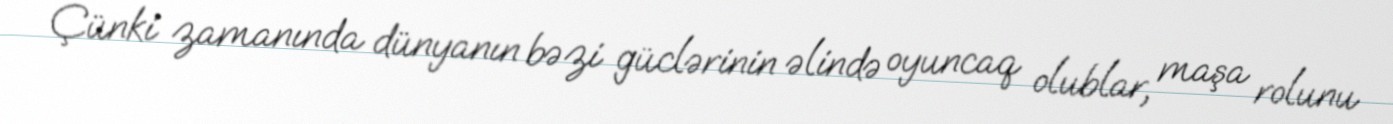
Çünki zamanında dünyanın bəzi güclərinin əlində oyuncaq olublar, maşa rolunu